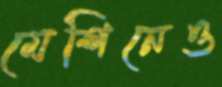
মেশিনেও